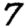
Digit: 7